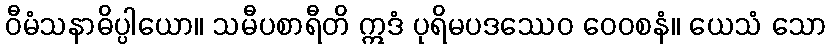
ဝီမံသနာဓိပ္ပါယော။ သမီပစာရီတိ ဣဒံ ပုရိမပဒဿေဝ ဝေဝစနံ။ ယေသံ သော